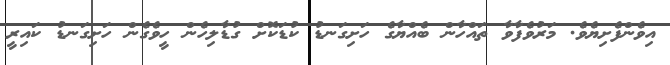
އިވެންފެށިޔެވެ. މަރުވެފާވާ ތައްހާން ބެއްޔާގެ ހަށިގަނޑު ކުޑަކޮށް ގުޑާލިހެން ހީވެގެން ހަށިގަނޑު ކައިރީ